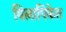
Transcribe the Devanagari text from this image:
विलापिकेत